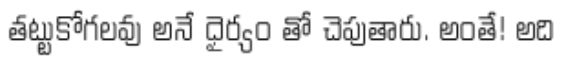
తట్టుకోగలవు అనే ధైర్యం తో చెపుతారు. అంతే! అది